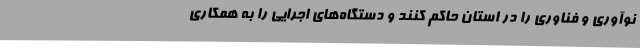
نوآوری و فناوری را در استان حاکم کنند و دستگاه‌های اجرایی را به همکاری